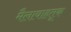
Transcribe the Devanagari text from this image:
मैलावाहतूक